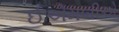
ઈએમબીએ